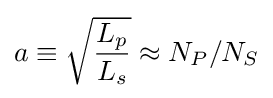
a\equiv {\sqrt {\frac {L_{p}}{L_{s}}}}\approx N_{P}/N_{S}